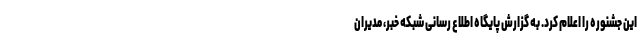
این جشنوره را اعلام کرد. به گزارش پایگاه اطلاع رسانی شبکه خبر، مدیران